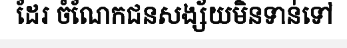
ដែរ ចំណែកជនសង្ស័យមិនទាន់ទៅ